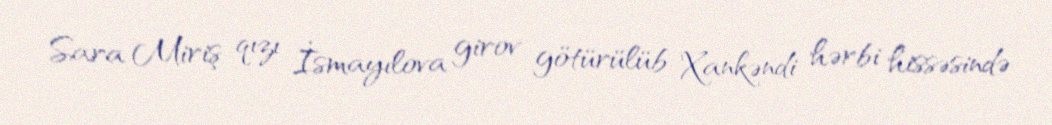
Sara Miriş qızı İsmayılova girov götürülüb Xankəndi hərbi hissəsində